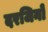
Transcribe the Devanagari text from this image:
दरजिनों